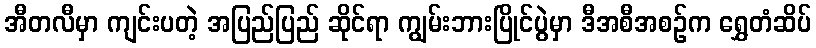
အီတလီမှာ ကျင်းပတဲ့ အပြည်ပြည် ဆိုင်ရာ ကျွမ်းဘားပြိုင်ပွဲမှာ ဒီအစီအစဉ်က ရွှေတံဆိပ်